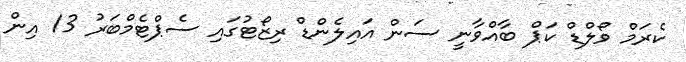
ކެރަމް ވޯލްޑް ކަޕް ބާއްވާނީ ސަން އައިލެންޑް ރިޒޯޓުގައި ސެޕްޓެމްބަރު 13 އިން